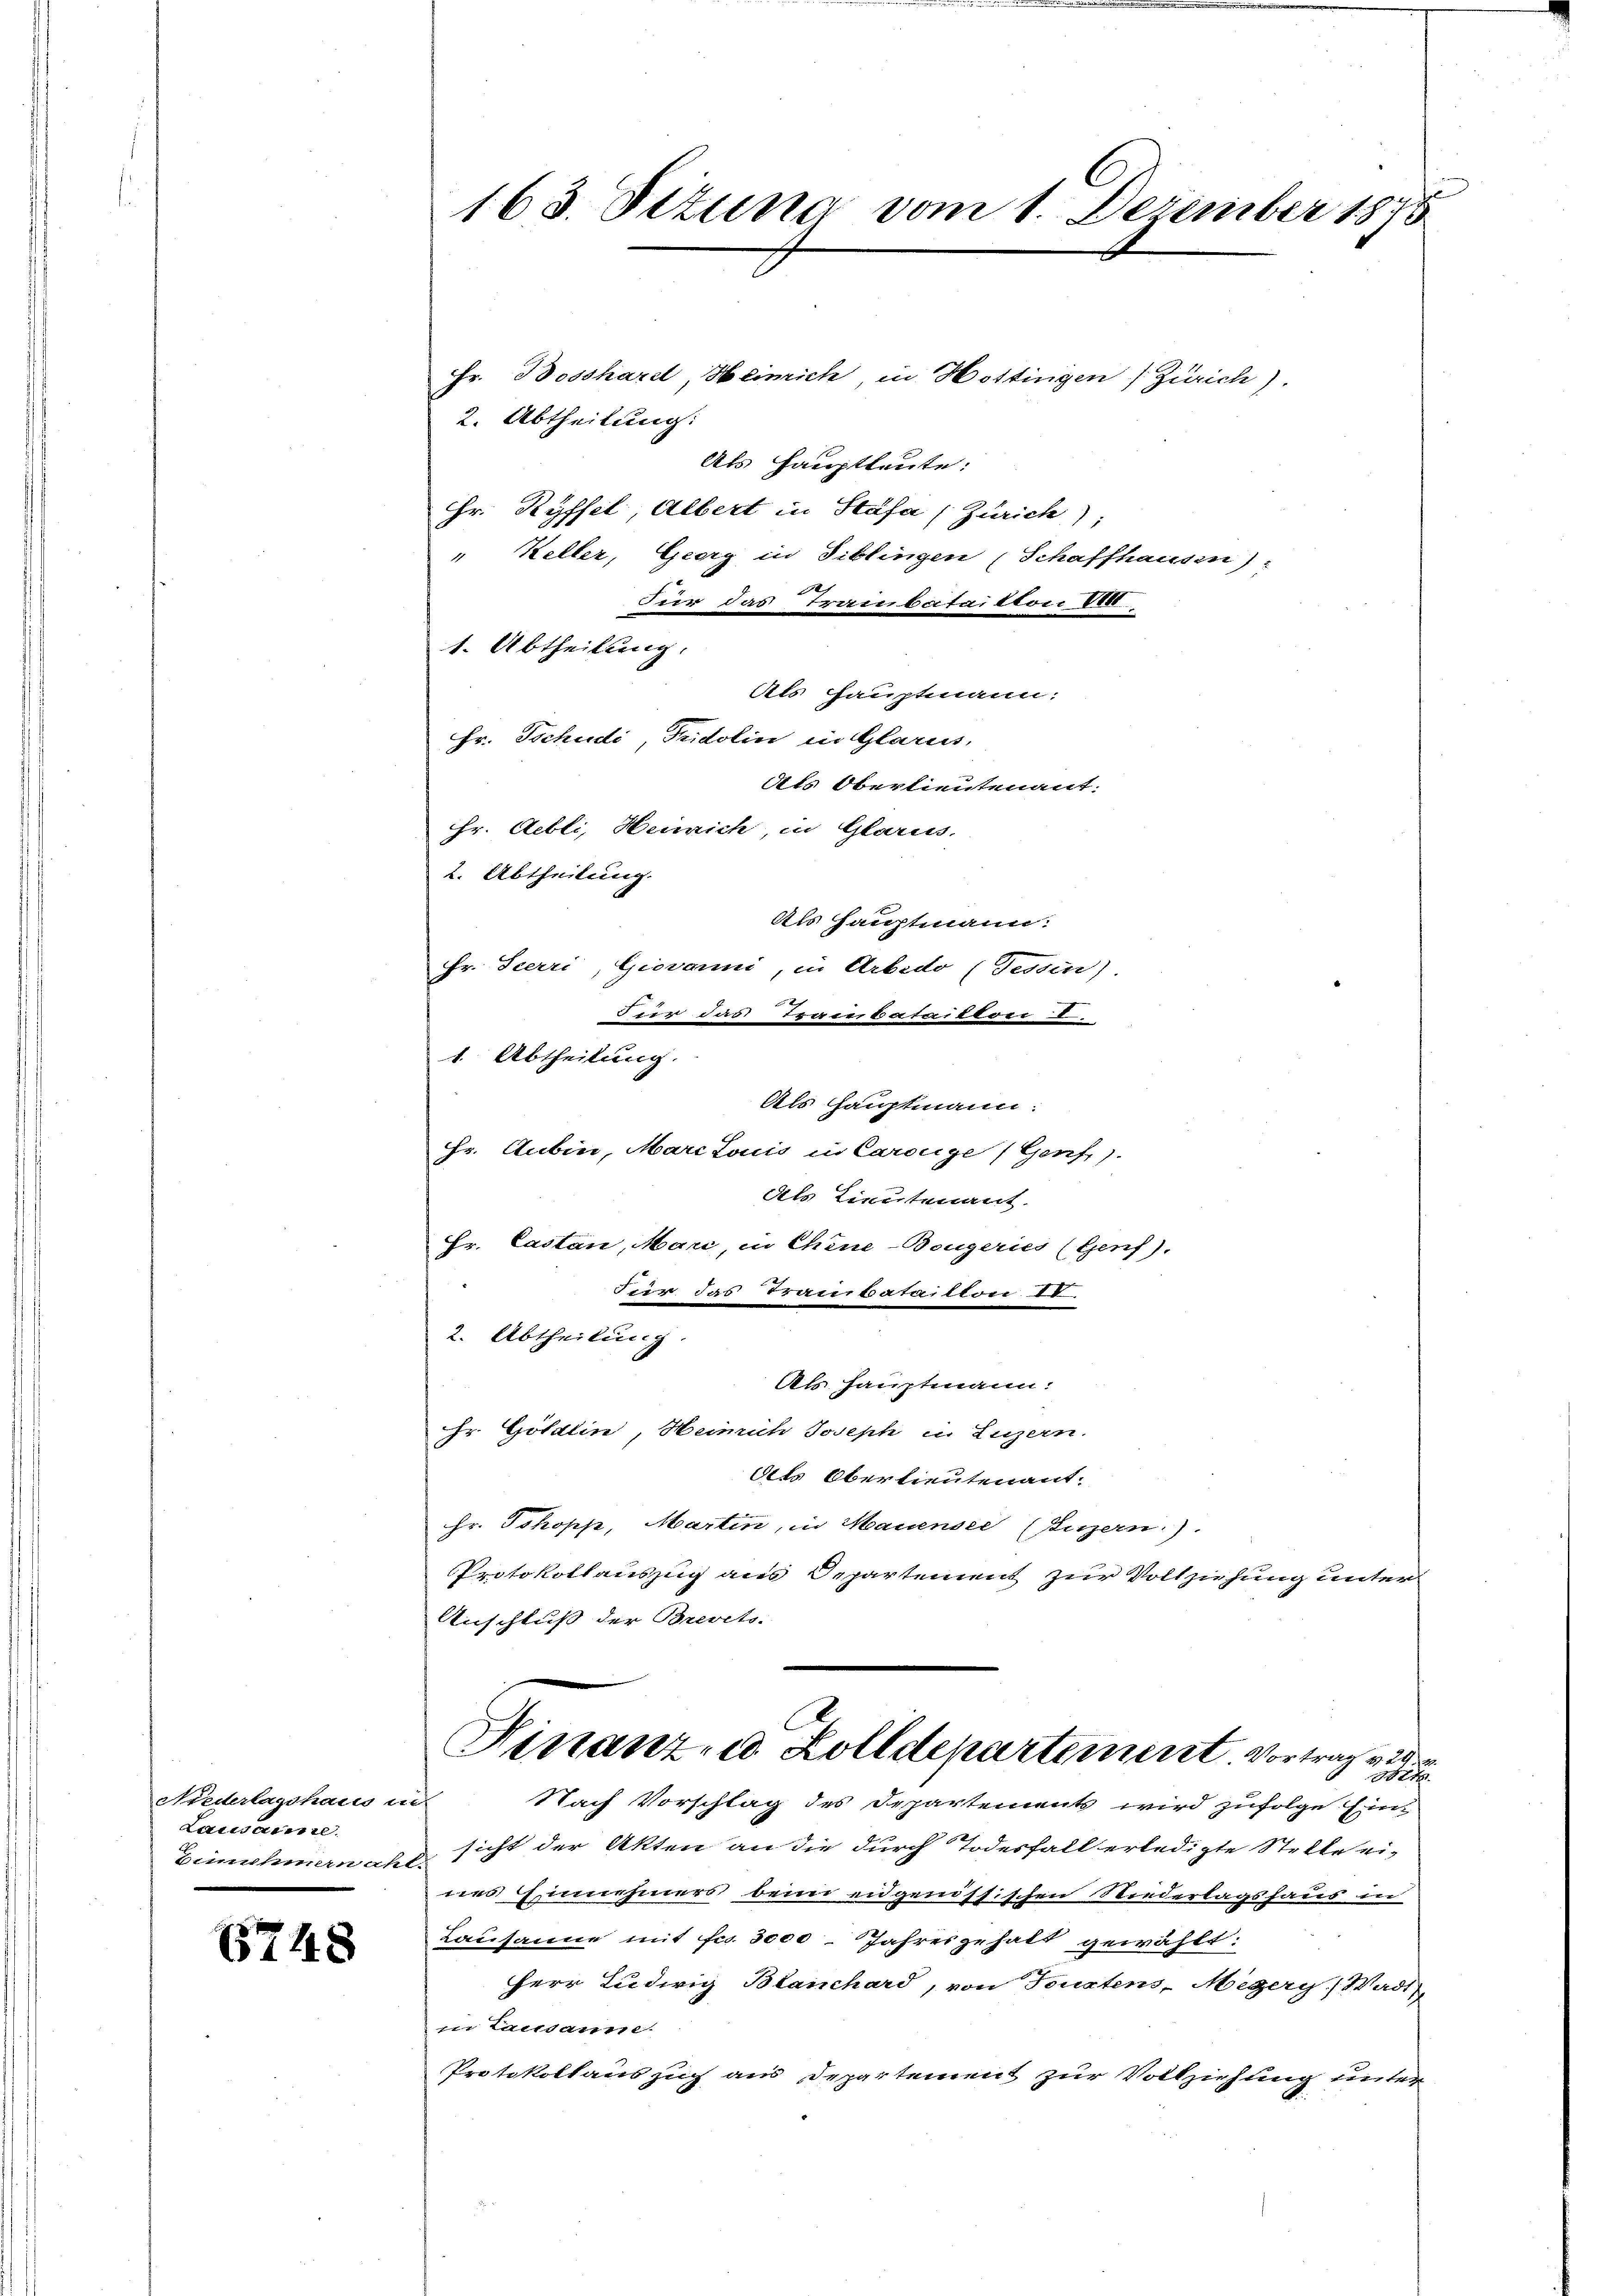
Niederlagshaus an
Lausamml.
binnehmern acht

6748

Hr. Göldlin, Heinrich Joseph in Luzern.
Ots Oberlieutenant.
Hr. Jokopp, Martin, in Mauensei (Luzern).
Protokollauszug aus Departement zur Vollziehung unter
Anschluß der Brevets.

163. Tizung vom 1. Dezember 1875

Fr. Bosshardt Heimich in Hottingen [Zürich).
2. Abtheilung:
Als Hauptleute:
Hr. Ryffel Albert in Stäfa (Zürich);
" Keller, Georg in Siblingen (Schaffhausen):
Für das Traubatailton III
1. Abtheilung.
Als Hauptmann:
Hr. Tschudi, Tridolin in Glarus,
Als Oberlieutenant.
Hr. Bibli, Henrich in Glarus,

2. Abtheilung.
Als Hauptmann.
Hr. Seerri, Giovanni, in Arbedo (Tessin).
wer das Teuenbataison
1. Abtheilung.
Als Hauptmann.
Hr. Aubin, Marc Louis in Carolige (Genf.).

Als Lieutenant.
Hr. Castan, Mari, in Chine-Bougeries (Genf).
Für das Tranbataillon IV.

2. Abtheilung.
Als Hauptmann.

Finanz- u. Zolldepartement. Vortrag ver
e
Nach Vorschlag des Departements wird zufolge Ein-

d. sicht der Akten an die durch Todesfall erledigte Stelle ei-
nes Einnehmers beim eidgenössischen Niederlagshaus in
Lausanne mit Fr. 3000. Jahresgehalt gewählt:
Herr Ludwig Blanchard, von Touxtens, Megery ( Wadt
in Landaume
Protokollauszug aus Departement zur Vollziehung unter